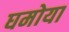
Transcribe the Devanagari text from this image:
घमोया